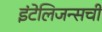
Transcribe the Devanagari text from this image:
इंटेलिजन्सची